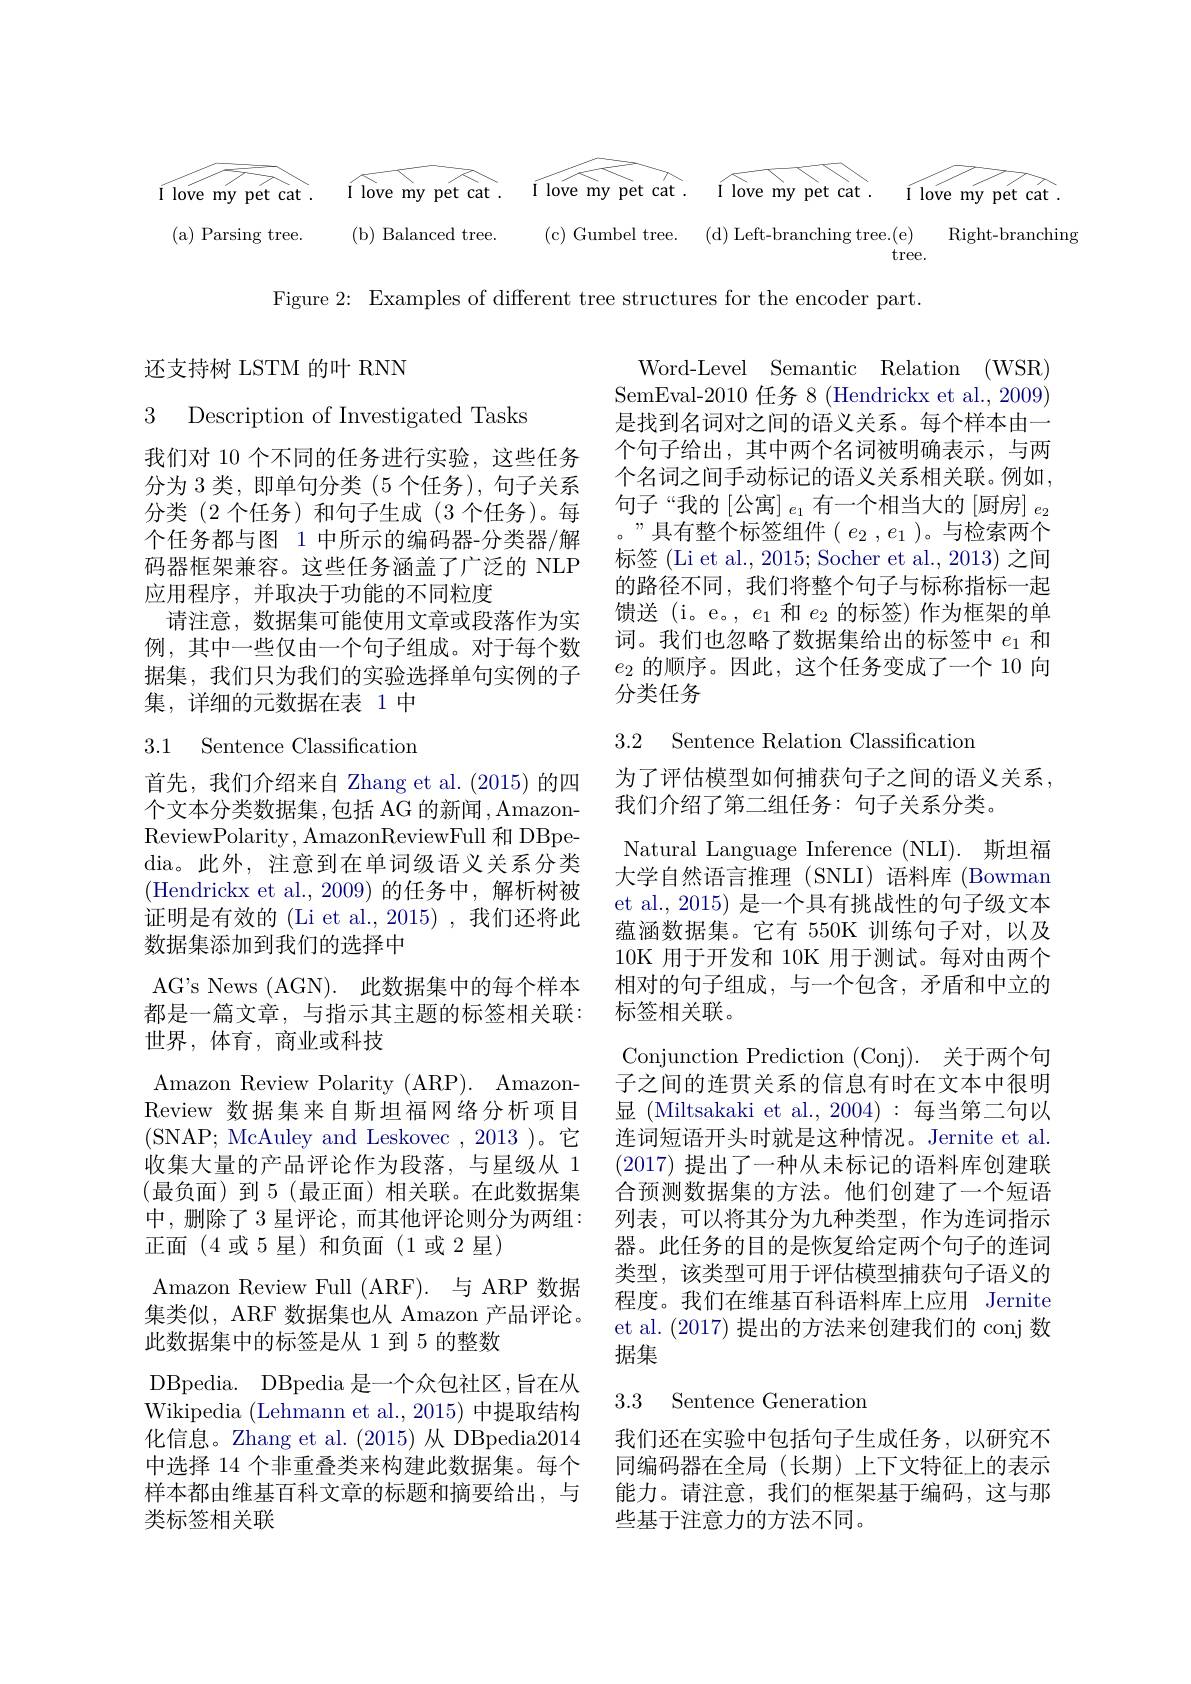
7

$I$ love my pet cat .

( a) Parsing tree.

Ilove my pet cat. I love my pet cat. I love my pet cat .

$\acute{I}$love my pét cat.

( b) Balanced tree.

( c) Gumbel tree. ( d) Left- branching tree. ( e)

$\operatorname{tree}.$

$i^{\prime}/i$

$\operatorname{Right-branching}$

Figure 2: Examples of different tree structures for the encoder part.

还支持树 LSTM 的叶 RNN

3 Description of Investigated Tasks

我们对 10 个不同的任务进行实验，这些任务分为 3 类，即单句分类 (5 个任务), 句子关系分类(2 个任务)和句子生成(3 个任务)。每个任务都与图 1 中所示的编码器-分类器/解码器框架兼容。这些任务涵盖了广泛的 NLP 应用程序，并取决于功能的不同粒度
请注意，数据集可能使用文章或段落作为实例，其中一些仅由一个句子组成。对于每个数据集，我们只为我们的实验选择单句实例的子集，详细的元数据在表 1 中

3.1 Sentence Classification

首先，我们介绍来自 Zhang et al.(2015)的四个文本分类数据集，包括 AG 的新闻，AmazonReviewPolarity, AmazonReviewFull 和 DBpedia。此外，注意到在单词级语义关系分类(Hendrickx et al.,2009)的任务中，解析树被证明是有效的 (Li et al., 2015) , 我们还将此数据集添加到我们的选择中
AG's News (AGN). 此数据集中的每个样本都是一篇文章，与指示其主题的标签相关联： 世界，体育，商业或科技
Amazon Review Polarity (ARP). AmazonReview 数据集来自斯坦福网络分析项目(SNAP; McAuley and Leskovec, 2013 )。它收集大量的产品评论作为段落，与星级从 1 (最负面)到5(最正面)相关联。在此数据集中，删除了 3 星评论，而其他评论则分为两组： 正面(4或5星)和负面(1或2星)
Amazon Review Full ( ARF) . 与 ARP 数 据 集类似，ARF 数据集也从 Amazon 产品评论。此数据集中的标签是从 1 到 5 的整数
DBpedia. DBpedia 是一个众包社区，旨在从Wikipedia (Lehmann et al., 2015) 中提取结构化信息。Zhang et al. (2015)从 DBpedia2014中选择 14 个非重叠类来构建此数据集。每个样本都由维基百科文章的标题和摘要给出，与类标签相关联

Word-Level Semantic Relation (WSR) SemEval-2010 任务 8 (Hendrickx et al., 2009) 是找到名词对之间的语义关系。每个样本由一个句子给出，其中两个名词被明确表示，与两个名词之间手动标记的语义关系相关联。例如， 句子“我的[公寓] $_e_1$有一个相当大的 [厨房] $_e_2$ 。”具有整个标签组件( $e_2,e_1$ )。与检索两个标签 (Li et al., 2015; Socher et al., 2013) 之间的路径不同，我们将整个句子与标称指标一起馈送 (i。e。, $e_1$和$e_2$的标签) 作为框架的单词。我们也忽略了数据集给出的标签中$e_1$和$e_2$的顺序。因此，这个任务变成了一个 10 向分类任务

## 3.2 Sentence Relation Classificatiom

为了评估模型如何捕获句子之间的语义关系，
我们介绍了第二组任务：句子关系分类。
Natural Language Inference (NLI). 斯坦福大学自然语言推理(SNLI)语料库(Bowman et al., 2015) 是一个具有挑战性的句子级文本蕴涵数据集。它有 550K 训练句子对，以及10K 用于开发和 10K 用于测试。每对由两个相对的句子组成，与一个包含，矛盾和中立的标签相关联。
Conjunction Prediction (Conj). 关于两个句子之间的连贯关系的信息有时在文本中很明显 (Miltsakaki et al., 2004):每当第二句以连词短语开头时就是这种情况。Jernite et al. (2017) 提出了一种从未标记的语料库创建联合预测数据集的方法。他们创建了一个短语列表，可以将其分为九种类型，作为连词指示器。此任务的目的是恢复给定两个句子的连词类型，该类型可用于评估模型捕获句子语义的程度。我们在维基百科语料库上应用 Jernite et al. (2017)提出的方法来创建我们的 conj 数据集

## 3.3 Sentence Generation

我们还在实验中包括句子生成任务，以研究不同编码器在全局(长期)上下文特征上的表示能力。请注意，我们的框架基于编码，这与那些基于注意力的方法不同。